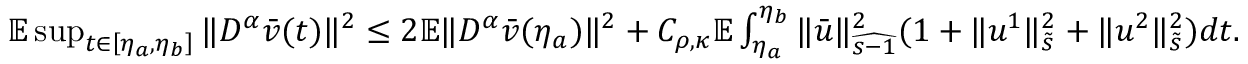
\begin{array} { r } { \mathbb { E } \operatorname* { s u p } _ { t \in \left[ \eta _ { a } , \eta _ { b } \right] } \| D ^ { \alpha } \bar { v } ( t ) \| ^ { 2 } \leq 2 \mathbb { E } \| D ^ { \alpha } \bar { v } ( \eta _ { a } ) \| ^ { 2 } + C _ { \rho , \kappa } \mathbb { E } \int _ { \eta _ { a } } ^ { \eta _ { b } } \| \bar { u } \| _ { \widehat { s - 1 } } ^ { 2 } ( 1 + \| u ^ { 1 } \| _ { \tilde { s } } ^ { 2 } + \| u ^ { 2 } \| _ { \tilde { s } } ^ { 2 } ) d t . } \end{array}